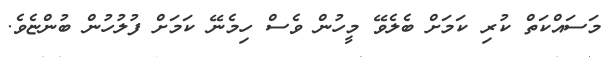
މަސައްކަތް ކުރި ކަމަށް ބެލެވޭ މީހުން ވެސް ހިމެނޭ ކަމަށް ފުލުހުން ބުންޏެވެ.